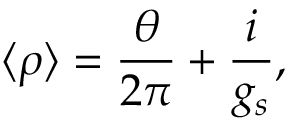
\langle \rho \rangle = \frac { \theta } { 2 \pi } + \frac { i } { g _ { s } } ,